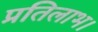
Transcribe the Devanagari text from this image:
प्रतिलाभ।